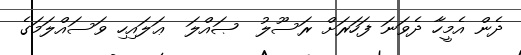
ދެން އެމީހާ ދެވަނަ ފަހަރަށް ރަސޫލު  ޞައްލަ  ޢަލައިހި ވަސައްލަމަގެ